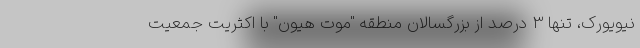
نیویورک، تنها 3 درصد از بزرگسالان منطقه "موت هیون" با اکثریت جمعیت